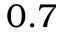
0 . 7